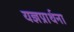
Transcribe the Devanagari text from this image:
यज्ञप्रार्थना